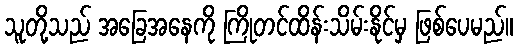
သူတို့သည် အခြေအနေကို ကြိုတင်ထိန်းသိမ်းနိုင်မှ ဖြစ်ပေမည်။